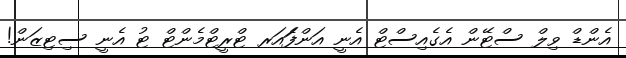
އެންޑް ވިލް ސްޓޭން އެގެއިސްޓް އެނީ އަންފެަައަރ ޓްރީޓްމެންޓް ޓު އެނީ ސިޓިޒަން!